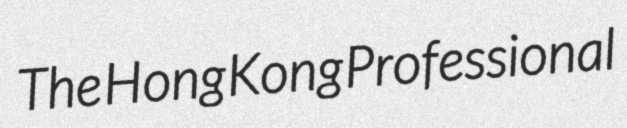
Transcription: The Hong Kong Professional